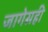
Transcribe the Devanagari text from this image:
जागेसही